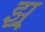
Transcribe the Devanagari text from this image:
झ्र्